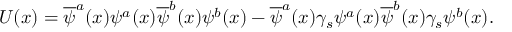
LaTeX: U ( x ) = \overline { { \psi } } ^ { a } ( x ) \psi ^ { a } ( x ) \overline { { \psi } } ^ { b } ( x ) \psi ^ { b } ( x ) - \overline { { \psi } } ^ { a } ( x ) \gamma _ { s } \psi ^ { a } ( x ) \overline { { \psi } } ^ { b } ( x ) \gamma _ { s } \psi ^ { b } ( x ) .